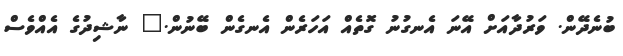
ބުނެދޭން. ވަރުދާއަށް އޭނަ އެނގުނު ގޮތެއް އަހަރެން އެނގެން ބޭނުން." ނާޝިދުގެ އެއްވެސް